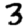
Digit: 3